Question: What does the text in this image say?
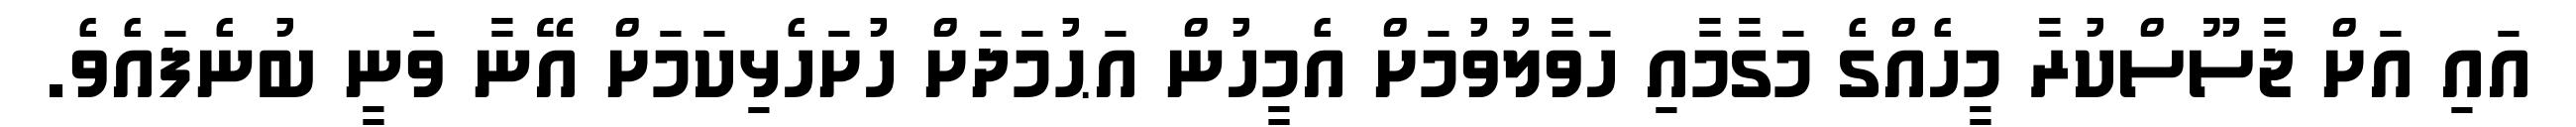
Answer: އައި އަށް ޖާސޫސްކުރާ މީހެއްގެ މަގާމާއި ހަވާލުވުމަށް އެމީހުން އަޙުމަދަށް ހުށަހެޅިކަމަށް އޭނާ ވަނީ ބުނެފައެވެ.